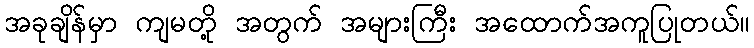
အခုချိန်မှာ ကျမတို့ အတွက် အများကြီး အထောက်အကူပြုတယ်။